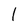
Character: l